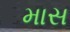
માસ